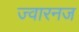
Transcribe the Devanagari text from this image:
ज्वारनज